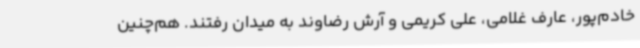
خادم‌پور، عارف غلامی، علی کریمی و آرش رضاوند به میدان رفتند. هم‌چنین